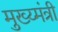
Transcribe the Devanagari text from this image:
मुख्य्मंत्री